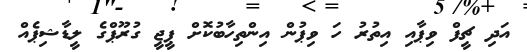
އަދި ޗީފް ވިޕާއި އިތުރު ހަ ވިޕުން އިންތިހާބުކޮށް ޕީޖީ ގުރޫޕްގެ ލީޑާޝިޕެއް